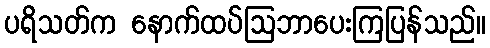
ပရိသတ်က နောက်ထပ်ဩဘာပေးကြပြန်သည်။